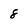
Character: 8